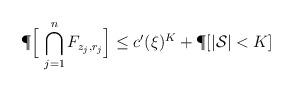
LaTeX: \begin{align*}\P\Big[\, \bigcap_{j = 1}^n F_{z_j, r_j} \Big] \le c'(\xi)^{K} + \P[|\mathcal S| < K]\end{align*}